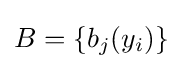
B=\{b_{j}(y_{i})\}